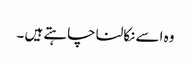
وہ اسے نکالنا چاہتے ہیں ۔